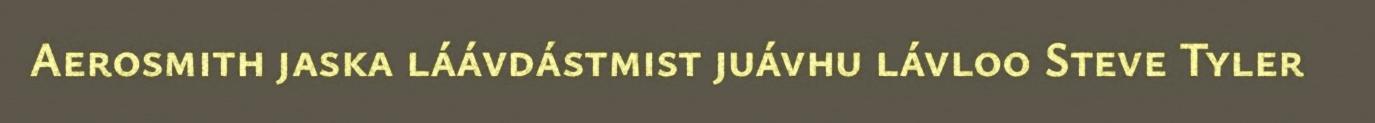
Aerosmith jaska láávdástmist juávhu lávloo Steve Tyler